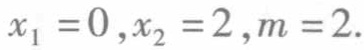
$x_{1}=0,x_{2}=2,m = 2.$